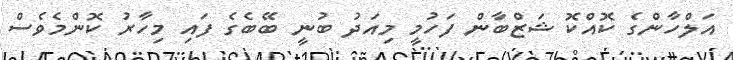
އަލްހާންގެ ކޮއްކޮ ޝަޒްބާން ފަހުމީ މިއަދު ބުނީ ބޭބެގެ ފައި މިހާރު ކޮންމެވެސް